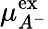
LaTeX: \mu_{A^{-}}^{\mathrm{{ex}}}